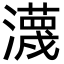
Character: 瀎